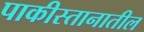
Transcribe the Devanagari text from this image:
पाकीस्तानातील